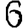
Digit: 6